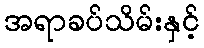
အရာခပ်သိမ်းနှင့်